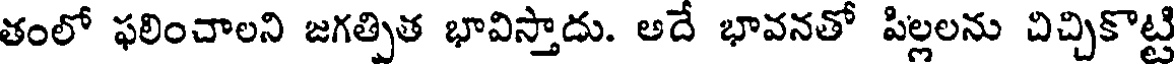
తంలో ఫలించాలని జగత్పిత భావిస్తాదు. అదే భావనతో పిల్లలను చిచ్చికొట్టి